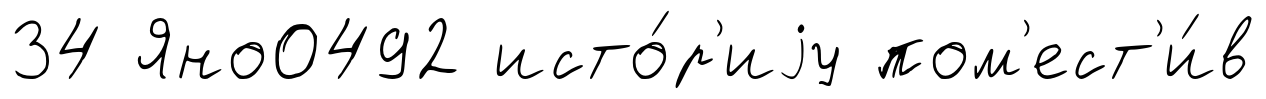
34 Яно0492 исто́р'иjу пом'ест'и́в